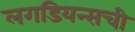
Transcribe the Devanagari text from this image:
लगडियन्सची